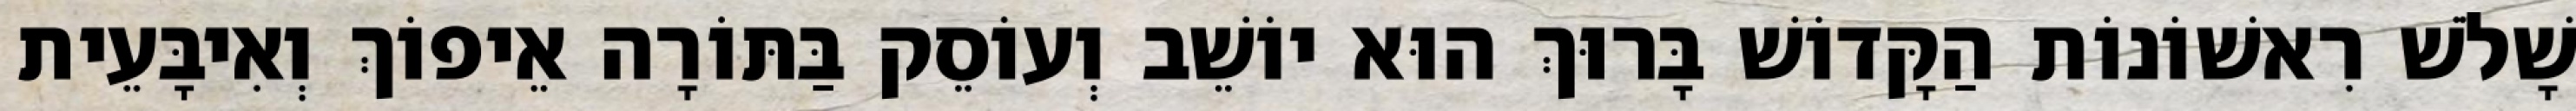
שָׁלֹשׁ רִאשׁוֹנוֹת הַקָּדוֹשׁ בָּרוּךְ הוּא יוֹשֵׁב וְעוֹסֵק בַּתּוֹרָה אֵיפוֹךְ וְאִיבָּעֵית